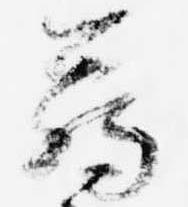
臈